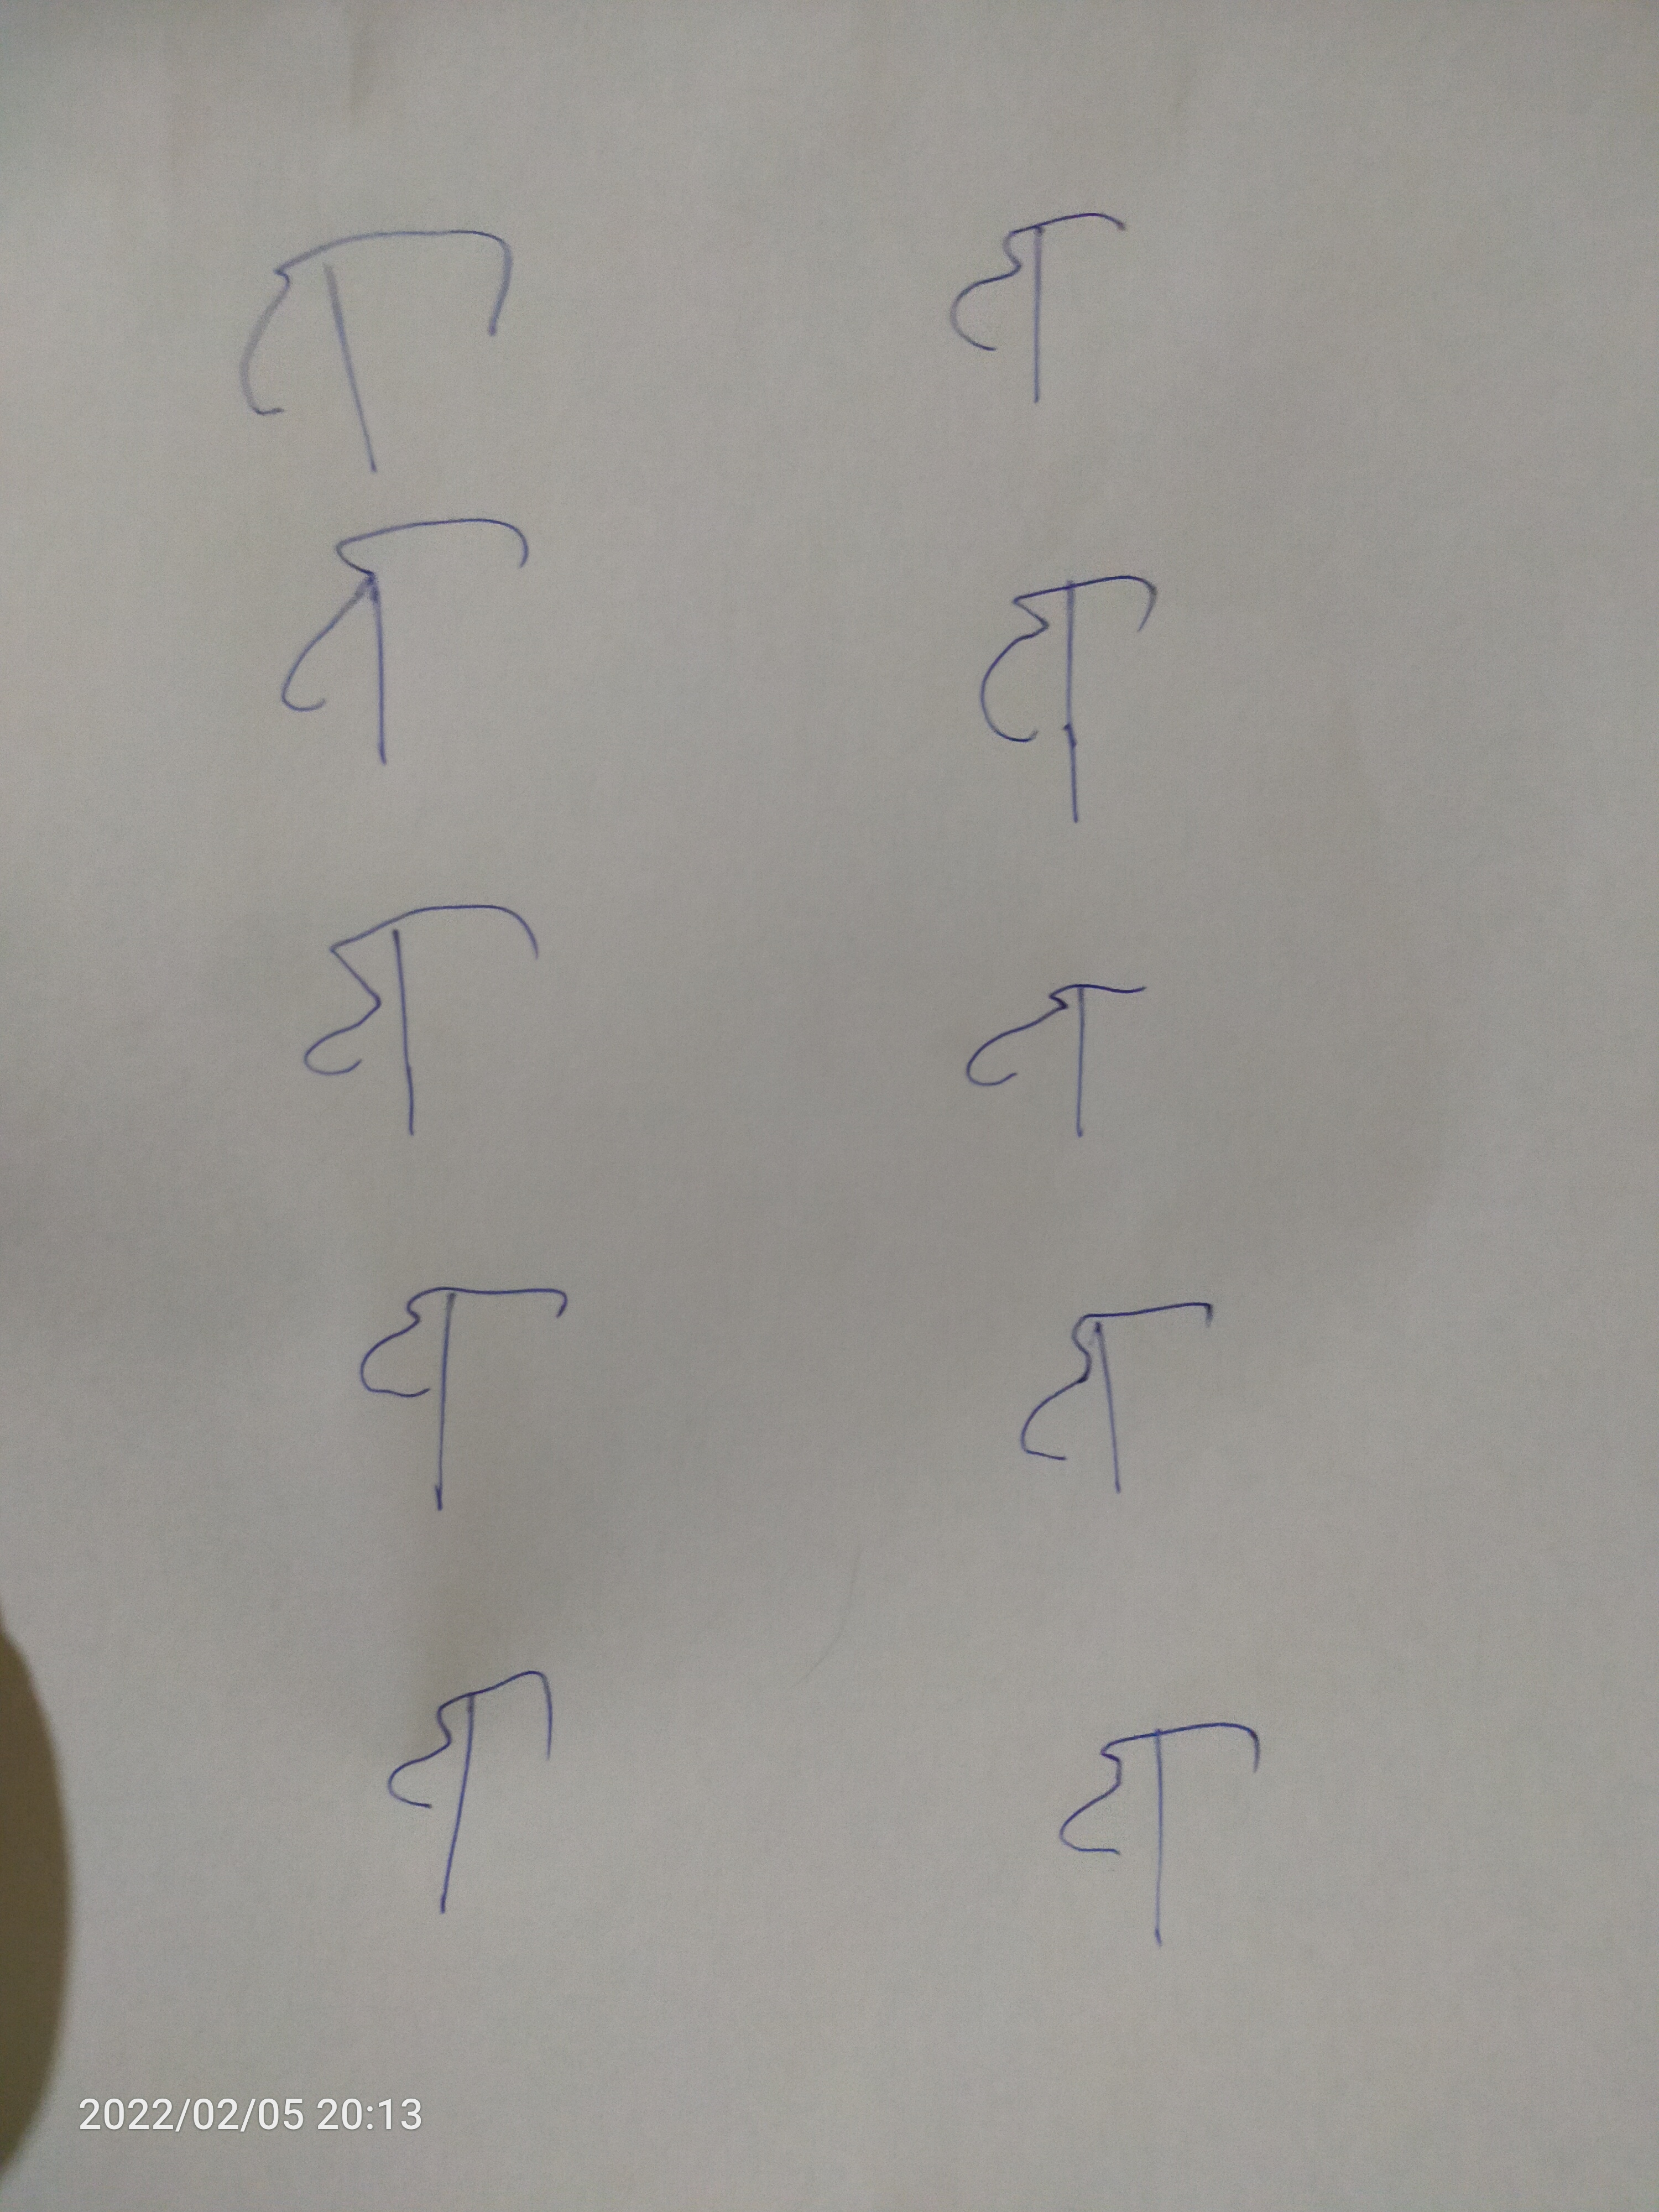
Signature authenticity: forged